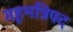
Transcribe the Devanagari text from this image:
गृहमंत्रिपद